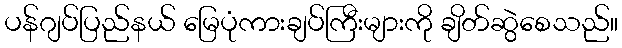
ပန်ဂျပ်ပြည်နယ် မြေပုံကားချပ်ကြီးများကို ချိတ်ဆွဲစေသည်။